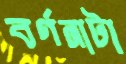
বর্ণনাটা